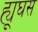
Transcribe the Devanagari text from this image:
ह्यूघस